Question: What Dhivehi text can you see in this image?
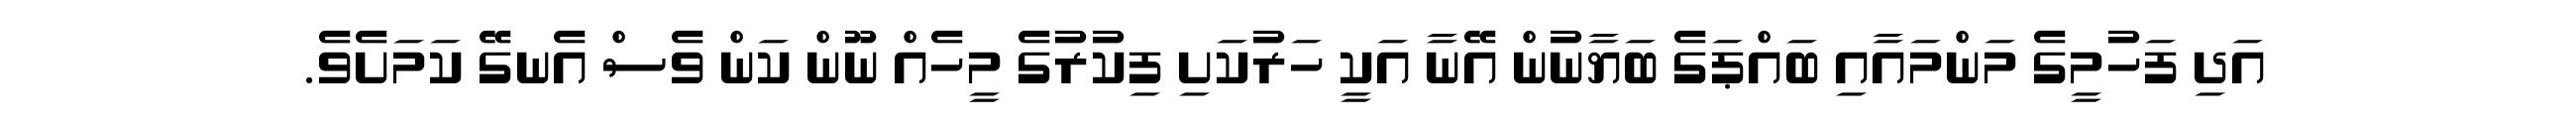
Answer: އަދި ފަހުމީގެ މަންމައާއި ބައްޕަގެ ބަޔާނުން އޭނާ އަކީ ހަރުކަށި ފިކުރުގެ މީހެއް ނޫން ކަން ވެސް އެނގޭ ކަމަށެވެ.